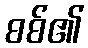
စစ်၏